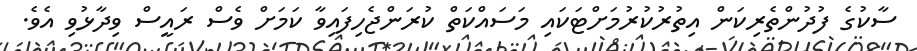
ސާކުގެ ފުދުންތެރިކަން އިތުރުކުރުމަށްޓަކައި މަސައްކަތް ކުރަންޖެހިފައިވާ ކަމަށް ވެސް ރައީސް ވިދާޅުވި އެވެ.